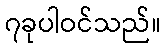
၇ခုပါဝင်သည်။